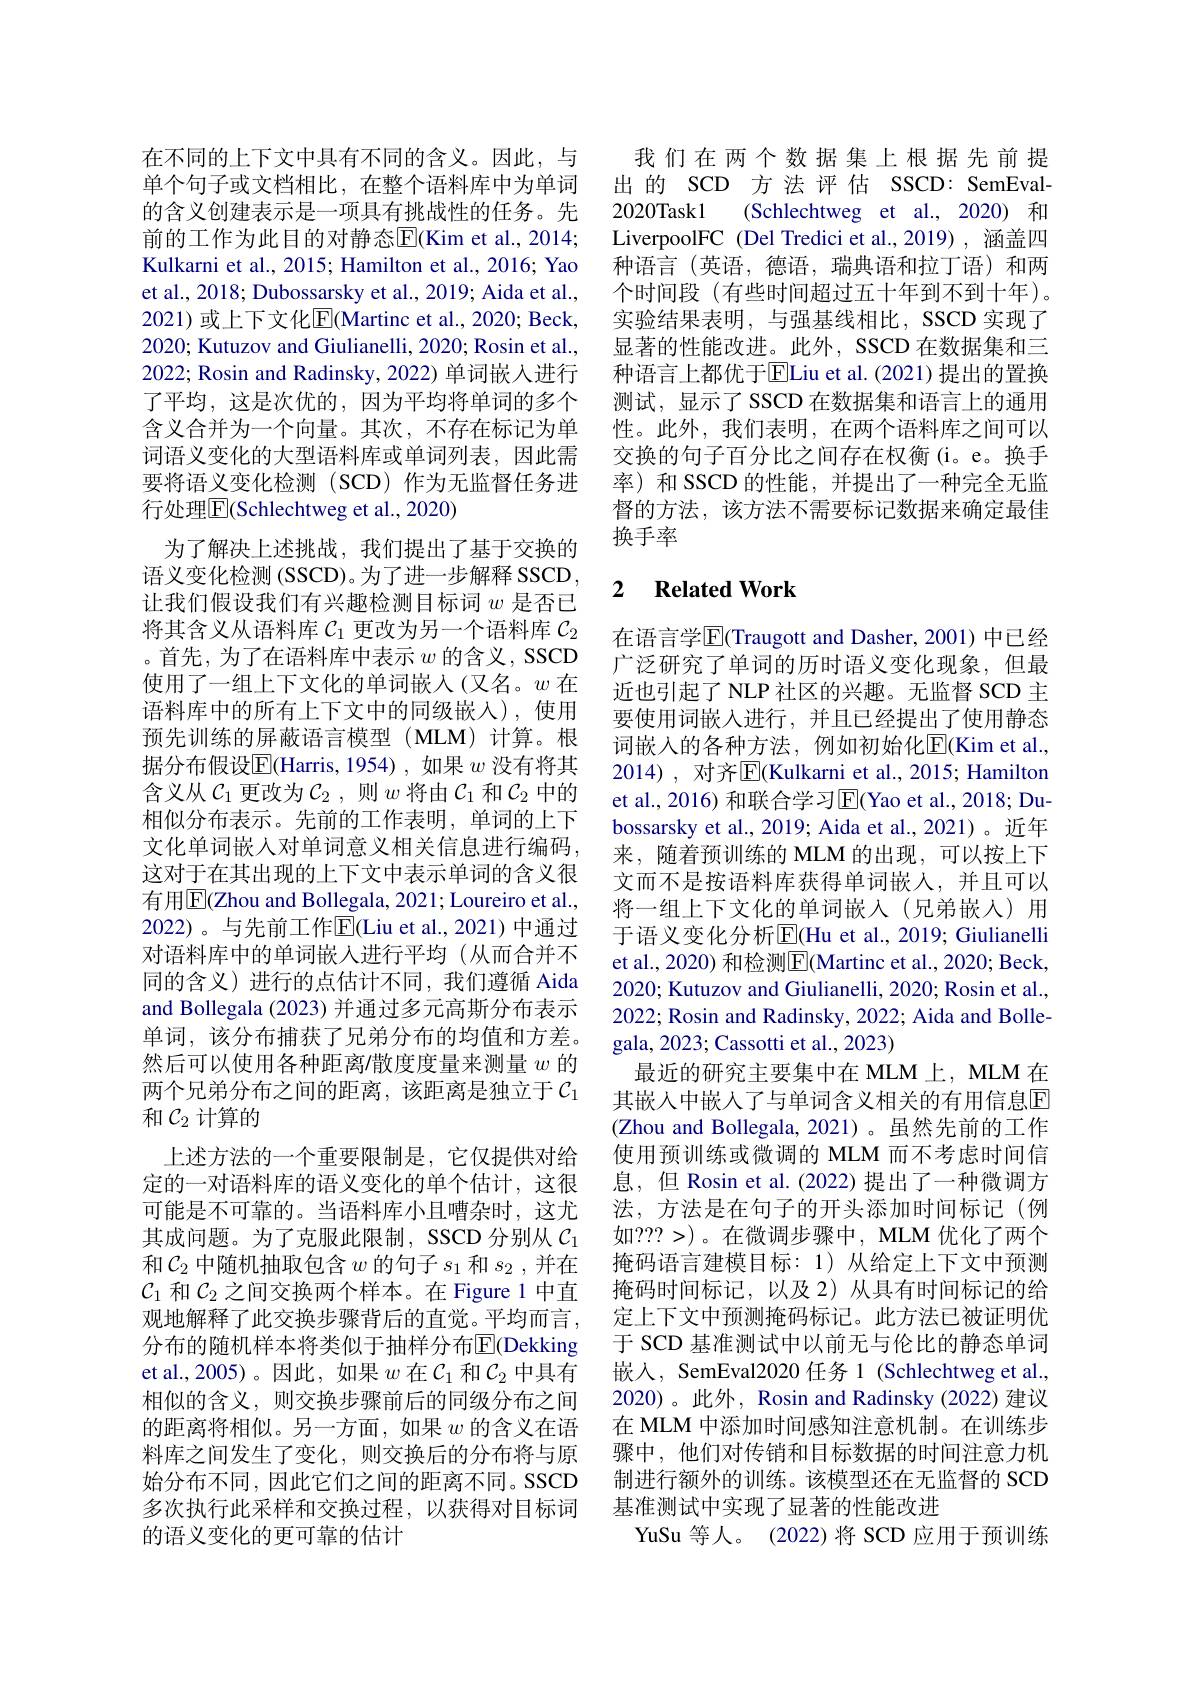
在不同的上下文中具有不同的含义。因此，与单个句子或文档相比，在整个语料库中为单词的含义创建表示是一项具有挑战性的任务。先前的工作为此目的对静态E(Kim et al., 2014; Kulkarni et al., 2015; Hamilton et al., 2016; Yao et al., 2018; Dubossarsky et al., 2019; Aida et al., 2021) 或上下文化$\overline{\mathrm{E}}($Martinc et al., 2020; Beck, 2020; Kutuzov and Giulianelli, 2020; Rosin et al., 2022; Rosin and Radinsky, 2022) 单词嵌入进行了平均，这是次优的，因为平均将单词的多个含义合并为一个向量。其次，不存在标记为单词语义变化的大型语料库或单词列表，因此需要将语义变化检测(SCD)作为无监督任务进行处理$\overline{\mathrm{E}}$(Schlechtweg et al., 2020)
为了解决上述挑战，我们提出了基于交换的语义变化检测(SSCD)。为了进一步解释 SSCD, 让我们假设我们有兴趣检测目标词$w$是否已将其含义从语料库$\mathcal{C}_1$更改为另一个语料库$\mathcal{C}_2$ 。首先，为了在语料库中表示$w$的含义，SSCD 使用了一组上下文化的单词嵌入(又名。$w$在语料库中的所有上下文中的同级嵌入),使用预先训练的屏蔽语言模型(MLM)计算。根据分布假设$\overline{\mathrm{E}}($Harris,1954),如果 $w$ 没有将其含义从$\mathcal{C}_1$ 更改为$\mathcal{C}_2$,则$w$ 将由$\mathcal{C}_1$ 和$\mathcal{C}_2$ 中的相似分布表示。先前的工作表明，单词的上下文化单词嵌入对单词意义相关信息进行编码， 这对于在其出现的上下文中表示单词的含义很有用|E|Zhou and Bollegala, 2021; Loureiro et al., 2022)。与先前工作$\overline{\mathrm{E}}($Liu et al.,2021)中通过对语料库中的单词嵌入进行平均(从而合并不同的含义)进行的点估计不同，我们遵循 Aida and Bollegala (2023) 并通过多元高斯分布表示单词，该分布捕获了兄弟分布的均值和方差。然后可以使用各种距离/散度度量来测量$w$的两个兄弟分布之间的距离，该距离是独立于$\mathcal{C}_1$ 和$\mathcal{C}_2$计算的
上述方法的一个重要限制是，它仅提供对给定的一对语料库的语义变化的单个估计，这很可能是不可靠的。当语料库小且嘈杂时，这尤其成问题。为了克服此限制，SSCD 分别从$\mathcal{C}_1$ 和$\mathcal{C}_2$中随机抽取包含$w$的句子$s_1$和$s_2$,并在$\mathcal{C}_1$和$\mathcal{C}_2$之间交换两个样本。在 Figure 1 中直观地解释了此交换步骤背后的直觉。平均而言， 分布的随机样本将类似于抽样分布E$[ ( Dekking) ]$ et al.,2005)。因此，如果 $w$ 在$\mathcal{C}_1$ 和$\mathcal{C}_2$ 中具有相似的含义，则交换步骤前后的同级分布之间的距离将相似。另一方面，如果$w$的含义在语料库之间发生了变化，则交换后的分布将与原始分布不同，因此它们之间的距离不同。SSCD 多次执行此采样和交换过程，以获得对目标词的语义变化的更可靠的估计

我们在两个数据集上根据先前提出的 SCD 方法 评估 SSCD: SemEval- 2020Task1 (Schlechtweg et al., 2020) 和LiverpoolFC (Del Tredici et al.,2019) ,涵盖四种语言(英语，德语，瑞典语和拉丁语)和两个时间段(有些时间超过五十年到不到十年)。实验结果表明，与强基线相比，SSCD 实现了显著的性能改进。此外，SSCD 在数据集和三种语言上都优于$\overline{\mathrm{E}}$Liu et al.(2021)提出的置换测试，显示了 SSCD 在数据集和语言上的通用性。此外，我们表明，在两个语料库之间可以交换的句子百分比之间存在权衡(i。e。换手率)和 SSCD 的性能，并提出了一种完全无监督的方法，该方法不需要标记数据来确定最佳换手率

## 2 $\textbf{Related Work}$

在语言学$\overline{\mathrm{E}}($Traugott and Dasher, 2001) 中已经广泛研究了单词的历时语义变化现象，但最近也引起了 NLP 社区的兴趣。无监督 SCD 主要使用词嵌人进行，并且已经提出了使用静态词嵌入的各种方法，例如初始化E$( Kim et al. $, 2014), 对齐$\boxed{\mathrm{E}}($Kulkarni et al., 2015; Hamilton et al., 2016) 和联合学习$\overline{\mathrm{E}}($Yao et al., 2018; Dubossarsky et al., 2019; Aida et al., 2021)。近年来，随着预训练的 MLM 的出现，可以按上下文而不是按语料库获得单词嵌人，并且可以将一组上下文化的单词嵌入(兄弟嵌入)用于语义变化分析$\overline{\mathrm{E}}($Hu et al., 2019; Giulianelli et al., 2020) 和检测$\boxed{\mathrm{F}}($Martinc et al., 2020; Beck, 2020; Kutuzov and Giulianelli, 2020; Rosin et al., 2022; Rosin and Radinsky, 2022; Aida and Bollegala, 2023; Cassotti et al., 2023)
最近的研究主要集中在 MLM 上，MLM 在其嵌入中嵌人了与单词含义相关的有用信息$\mathbb{E}$ (Zhou and Bollegala, 2021)。虽然先前的工作使用预训练或微调的 MLM 而不考虑时间信息，但 Rosin et al.(2022) 提出了一种微调方法，方法是在句子的开头添加时间标记(例如？??>)。在微调步骤中，MLM 优化了两个掩码语言建模目标：1)从给定上下文中预测掩码时间标记，以及 2)从具有时间标记的给定上下文中预测掩码标记。此方法已被证明优于 SCD 基准测试中以前无与伦比的静态单词嵌入，SemEval2020 任务 1 (Schlechtweg et al., 2020)。此外，Rosin and Radinsky (2022) 建议在 MLM 中添加时间感知注意机制。在训练步骤中，他们对传销和目标数据的时间注意力机制进行额外的训练。该模型还在无监督的 SCD 基准测试中实现了显著的性能改进
YuSu 等人。(2022)将 SCD 应用于预训练